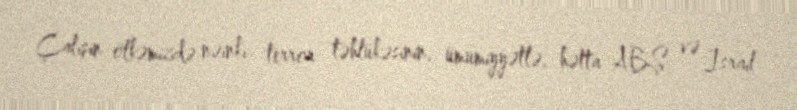
Çalışın ölkəmizdə nəinki terror təhlükəsinin, ümumiyyətlə, hətta ABŞ və İsrail